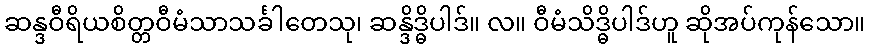
ဆန္ဒဝီရိယစိတ္တဝီမံသာသင်္ခါတေသု၊ ဆန္ဒိဒ္ဓိပါဒ်။ လ။ ဝီမံသိဒ္ဓိပါဒ်ဟူ ဆိုအပ်ကုန်သော။